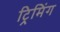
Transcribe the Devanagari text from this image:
ट्रिमिंग